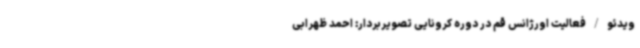
ویدئو / فعالیت اورژانس قم در دوره کرونایی تصویربردار:‌ احمد ظهرابی